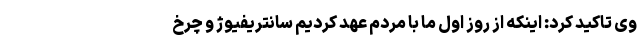
وی تاکید کرد: اینکه از روز اول ما با مردم عهد کردیم سانتریفیوژ و چرخ